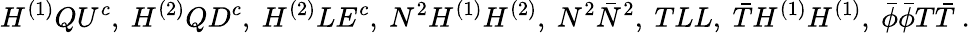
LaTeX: H^{(1)}QU^{c},~H^{(2)}QD^{c},~H^{(2)}LE^{c},~N^{2}H^{(1)}H^{(2)},~N^{2}\bar{N}^{2},~TLL,~\bar{T}H^{(1)}H^{(1)},~\bar{\phi}\bar{\phi}T\bar{T}~.